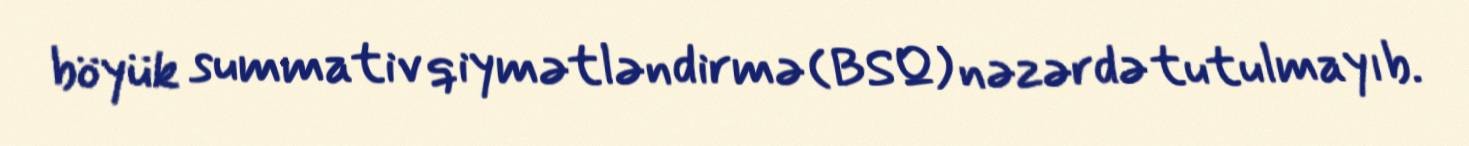
böyük summativ qiymətləndirmə (BSQ) nəzərdə tutulmayıb.